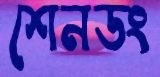
শেনডং